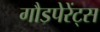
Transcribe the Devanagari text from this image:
गौडपेरेंट्स